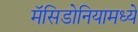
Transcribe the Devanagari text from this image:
मॅसिडोनियामध्ये